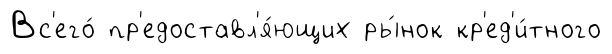
Вс'его́ пр'едоставл'я́ющих ры́нок кр'ед'и́тного